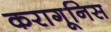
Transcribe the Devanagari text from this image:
करागूनिस